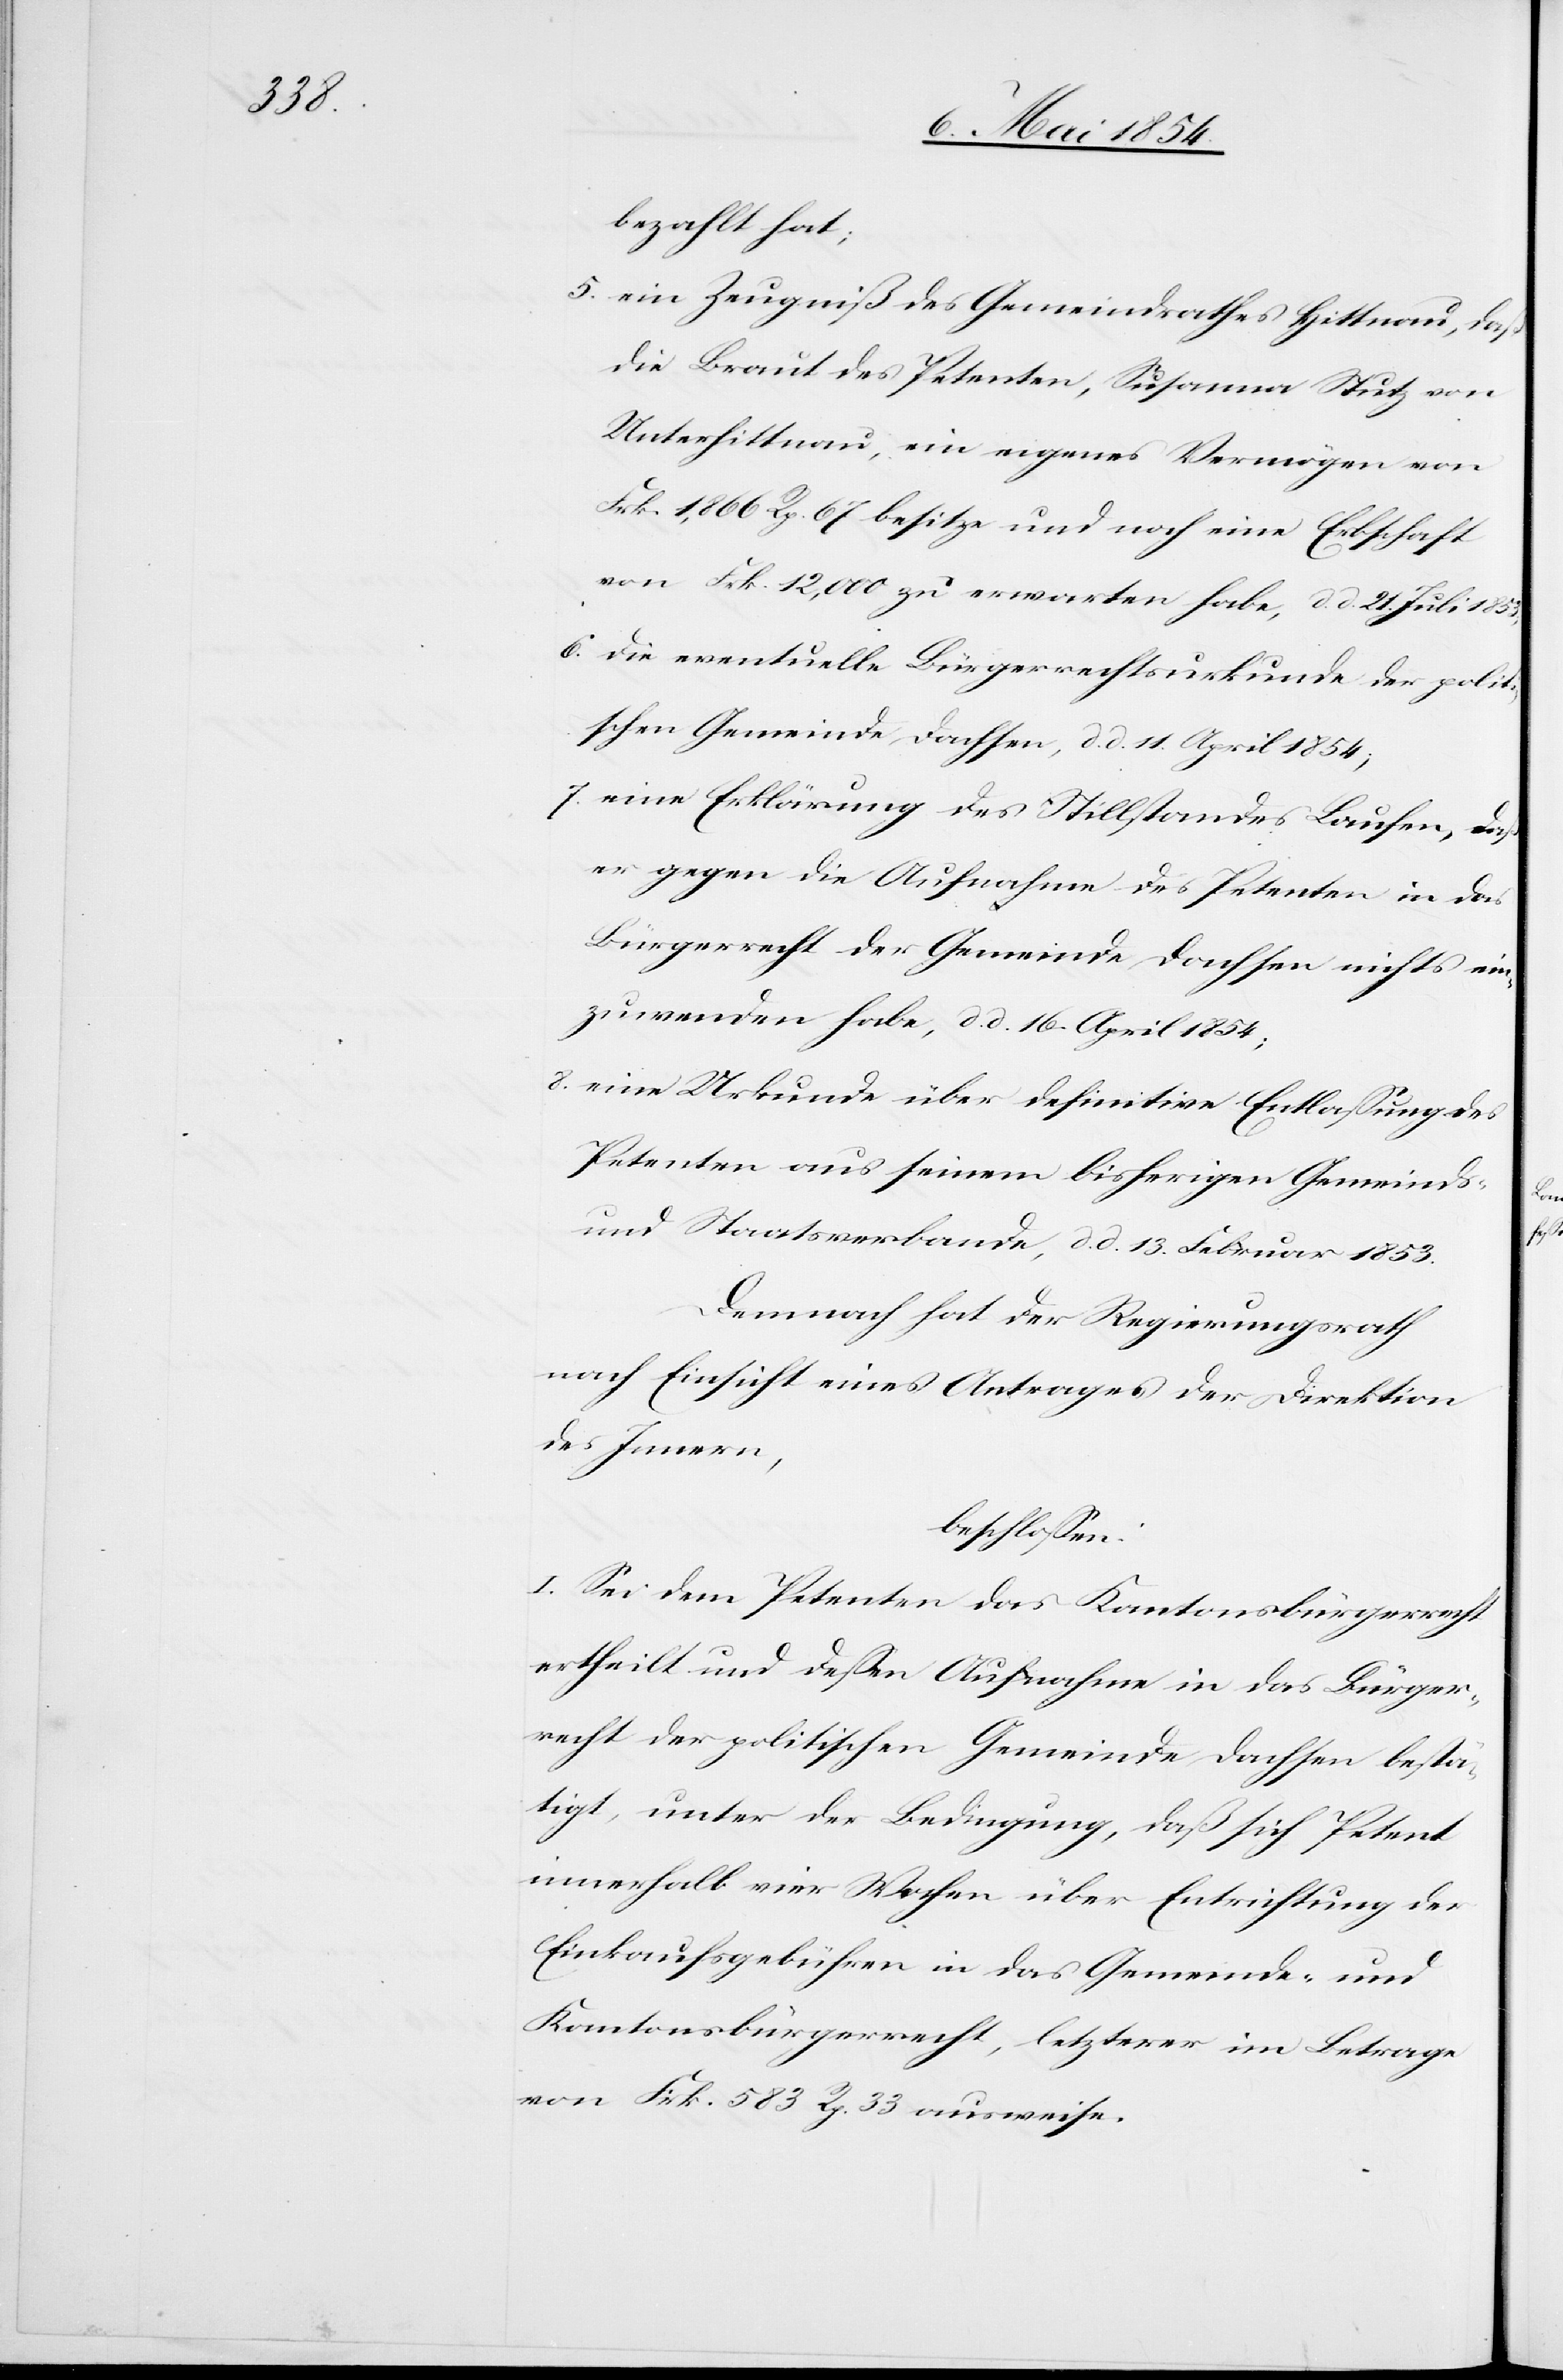
bezahlt hat;
5. ein Zeugniß des Gemeindrathes Hittnau, daß
die Braut des Petenten, Susanna Stutz von
Unterhittnau, ein eigenes Vermögen von
Frk. 1,866 Rp. 67 besitze und noch eine Erbschaft
von Frk. 12,000 zu erwarten habe, d. d. 21. Juli 1853;
6. die eventuelle Bürgerrechtsurkunde der politi¬
schen Gemeinde Dachsen, d. d. 11. April 1854;
7. eine Erklärung des Stillstandes Laufen, daß
er gegen die Aufnahme des Petenten in das
Bürgerrecht der Gemeinde Dachsen nichts ein¬
zuwenden habe, d. d. 16. April 1854;
8. eine Urkunde über definitive Entlaßung des
Petenten aus seinem bisherigen Gemeinds-
und Staatsverbande, d. d. 13. Februar 1853.
Demnach hat der Regierungsrath
nach Einsicht eines Antrages der Direktion
des Innern,
beschloßen:
I. Sei dem Petenten das Kantonsbürgerrecht
ertheilt und deßen Aufnahme in das Bürger¬
recht der politischen Gemeinde Dachsen bestä¬
tigt, unter der Bedingung, daß sich Petent
innerhalb vier Wochen über Entrichtung der
Einkaufsgebühren in das Gemeinde- und
Kantonsbürgerrecht, letzterer im Betrage
von Frk. 583 Rp. 33 ausweise.